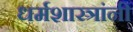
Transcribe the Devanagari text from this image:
धर्मशास्त्रांनी